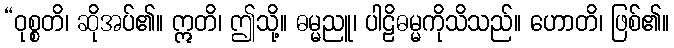
“ဝုစ္စတိ၊ ဆိုအပ်၏။ ဣတိ၊ ဤသို့။ ဓမ္မညူ၊ ပါဠိဓမ္မကိုသိသည်။ ဟောတိ၊ ဖြစ်၏။